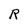
Character: R